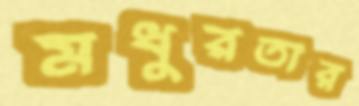
মধুরতার